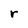
Character: r